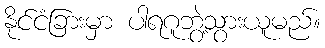
နိုင်ငံခြားမှာ ပါရဂူဘွဲ့သွားယူမည်။